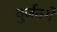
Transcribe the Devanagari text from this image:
वुर्जवर्गे